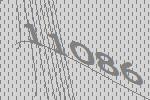
11086